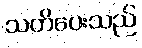
သတိပေးသည်